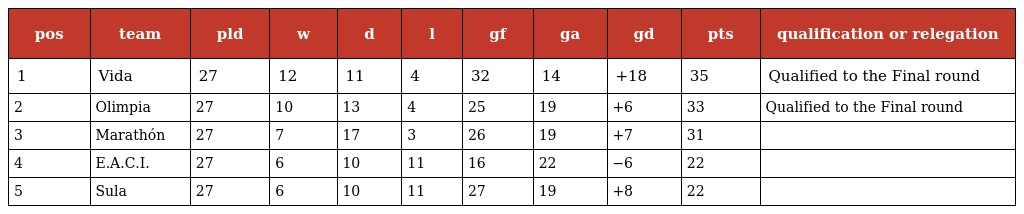
| pos | team | pld | w | d | l | gf | ga | gd | pts | qualification or relegation |
 | --- | --- | --- | --- | --- | --- | --- | --- | --- | --- | --- |
 | 1 | Vida | 27 | 12 | 11 | 4 | 32 | 14 | +18 | 35 | Qualified to the Final round |
 | 2 | Olimpia | 27 | 10 | 13 | 4 | 25 | 19 | +6 | 33 | Qualified to the Final round |
 | 3 | Marathón | 27 | 7 | 17 | 3 | 26 | 19 | +7 | 31 |  |
 | 4 | E.A.C.I. | 27 | 6 | 10 | 11 | 16 | 22 | −6 | 22 |  |
 | 5 | Sula | 27 | 6 | 10 | 11 | 27 | 19 | +8 | 22 |  |